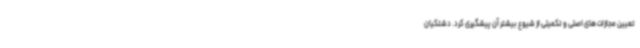
تعیین مجازات های اصلی و تکمیلی از شیوع بیشتر آن پیشگیری کرد. دشتکیان